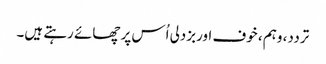
تردد، وہم ، خوف اوربزدلی اُس پر چھائے رہتے ہیں۔